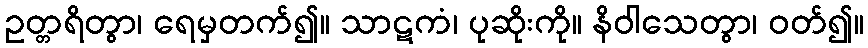
ဥတ္တရိတွာ၊ ရေမှတက်၍။ သာဋကံ၊ ပုဆိုးကို။ နိဝါသေတွာ၊ ဝတ်၍။